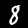
Digit: 8